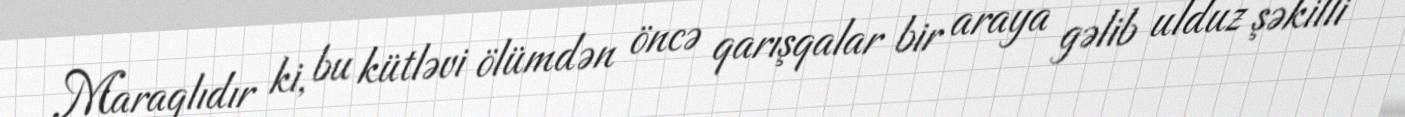
Maraqlıdır ki, bu kütləvi ölümdən öncə qarışqalar bir araya gəlib ulduz şəkilli